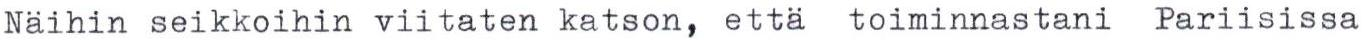
Näihin seikkoihin viitaten katson, että toiminnastani Pariisissa